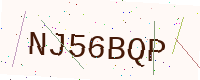
Text: NJ56BQP